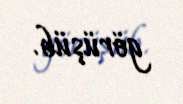
görüşüb.